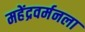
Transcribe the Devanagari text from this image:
महेंद्रवर्मनला